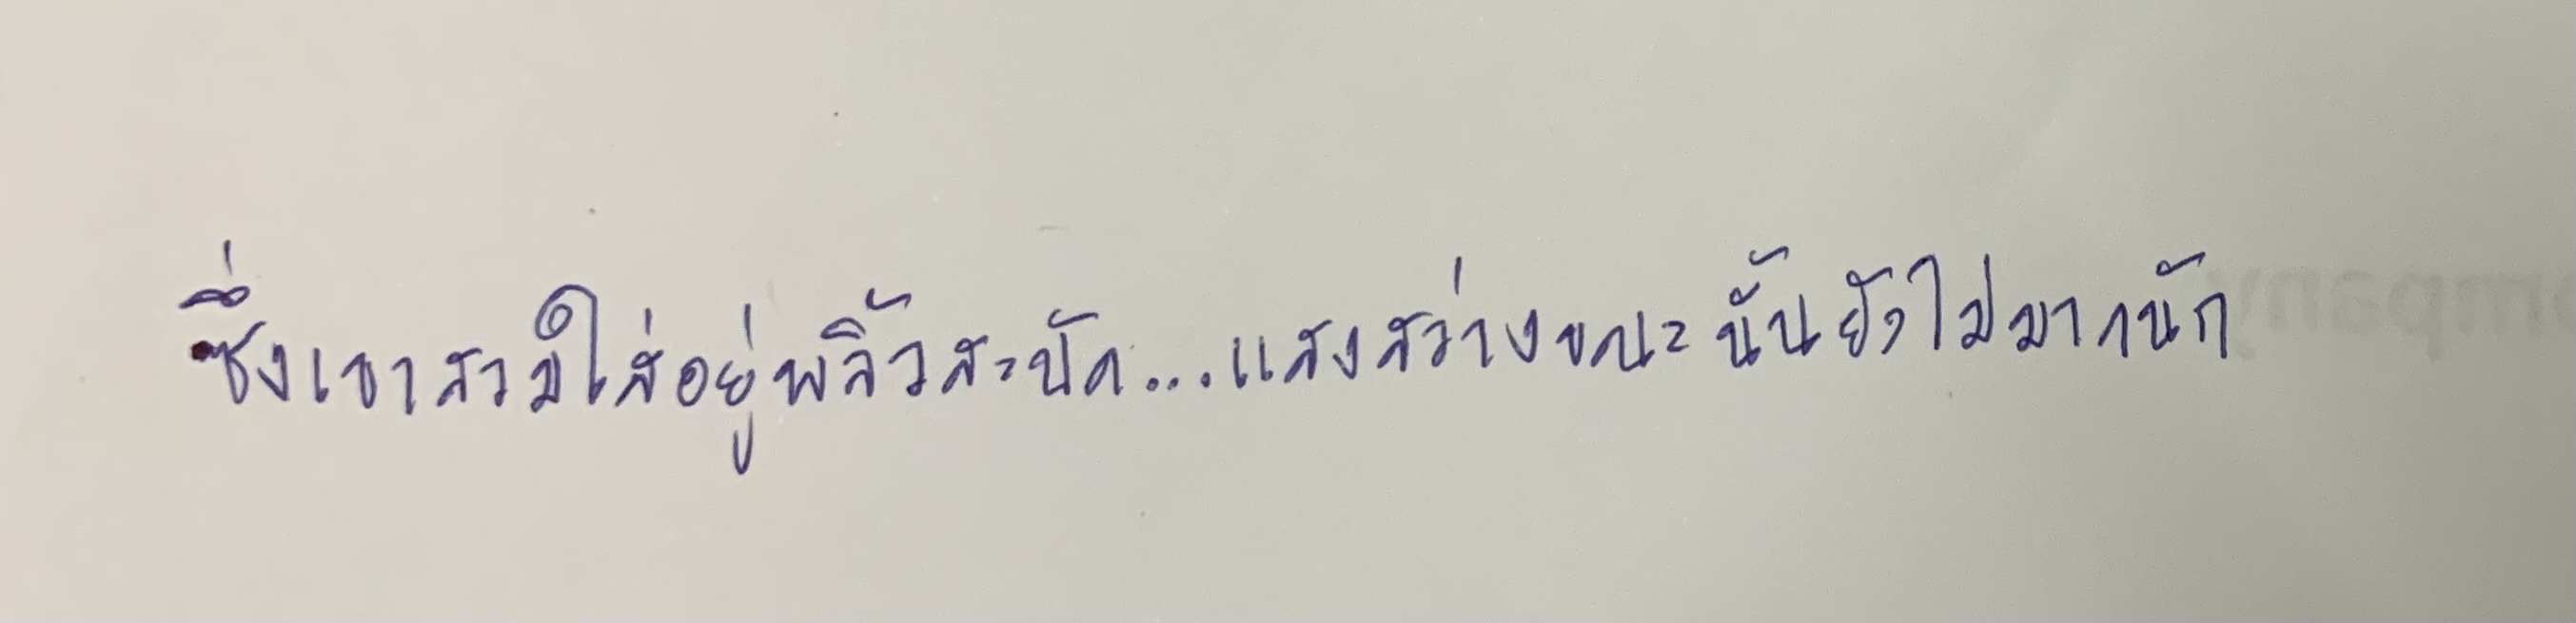
ซึ่งเขาสวมใส่อยู่พลิ้วสะบัด...แสงสว่างขณะนั้นยังไม่มากนัก